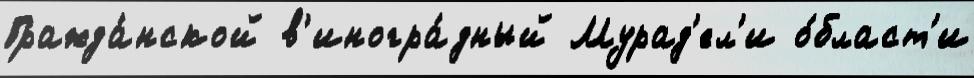
Гражда́нской в'иногра́дный Мурад'ел'и о́бласт'и